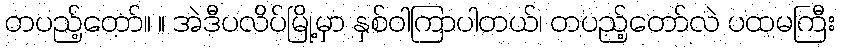
တပည့်တော်။ ။ အဲဒီပလိပ်မြို့မှာ နှစ်ဝါကြာပါတယ်၊ တပည့်တော်လဲ ပထမကြီး